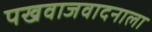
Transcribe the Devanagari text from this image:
पखवाजवादनाला